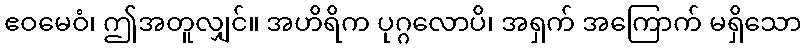
ဧဝမေဝံ၊ ဤအတူလျှင်။ အဟိရိက ပုဂ္ဂလောပိ၊ အရှက် အကြောက် မရှိသော